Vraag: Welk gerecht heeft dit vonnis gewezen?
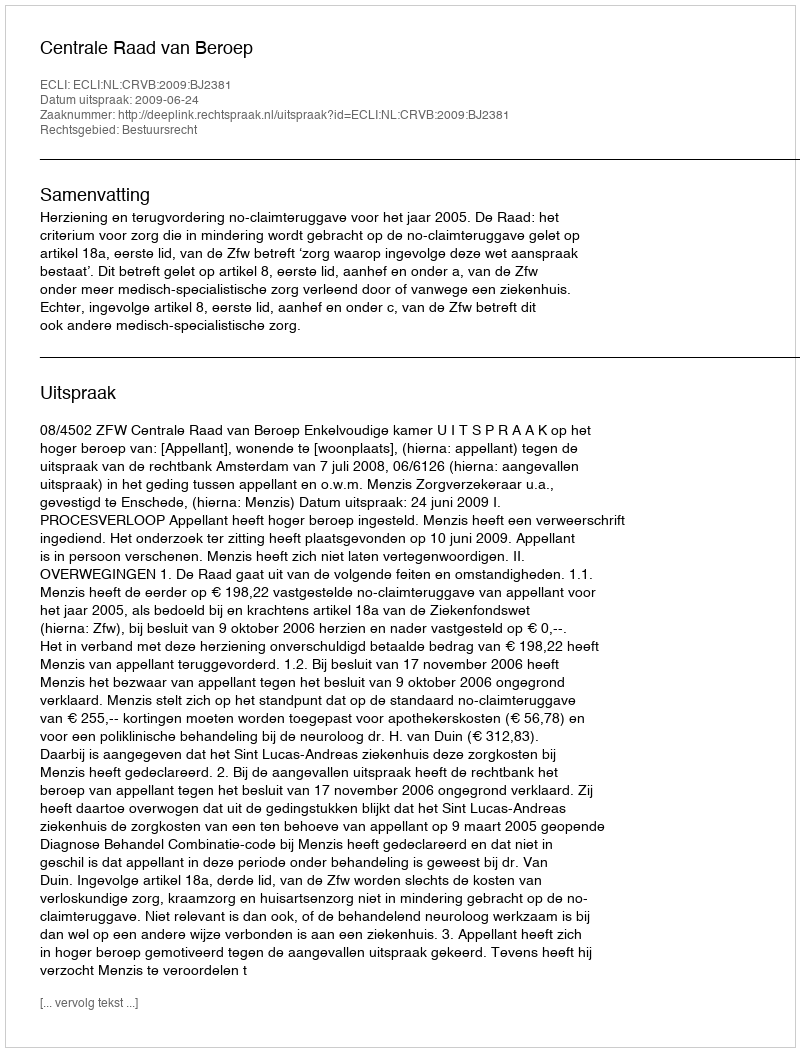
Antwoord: Centrale Raad van Beroep